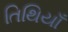
તિથિયાઁ